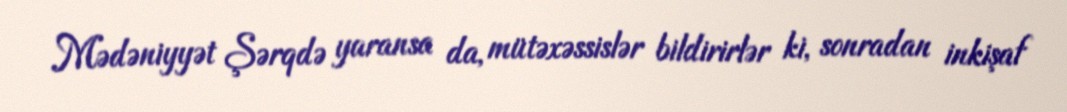
Mədəniyyət Şərqdə yaransa da, mütəxəssislər bildirirlər ki, sonradan inkişaf